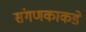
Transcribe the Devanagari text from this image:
संगणकाकडे